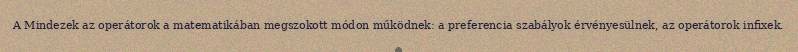
A Mindezek az operátorok a matematikában megszokott módon működnek: a preferencia szabályok érvényesülnek, az operátorok infixek.